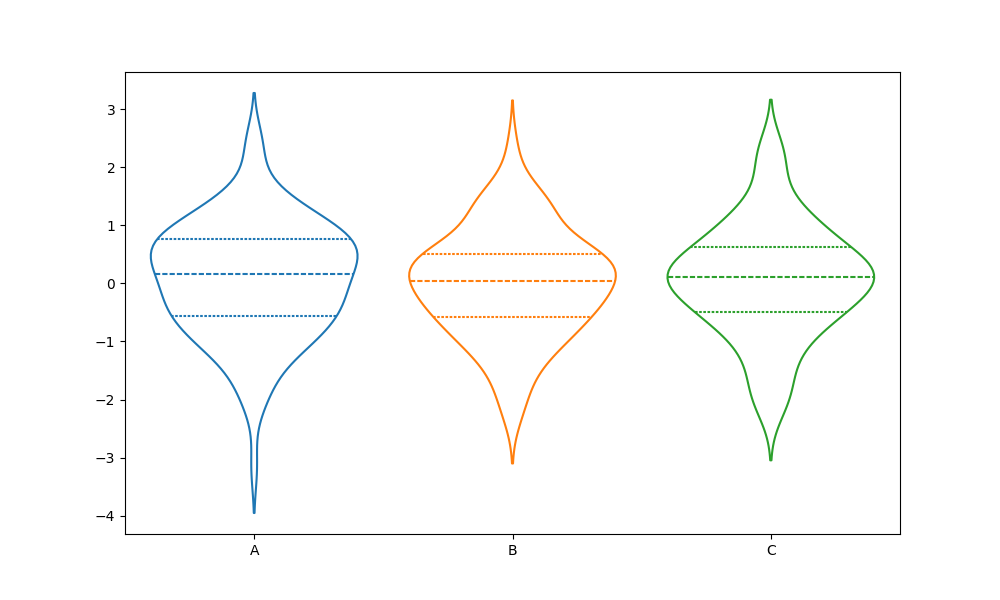
python, seaborn, violinplot, scale='area', split='False', inner='quart', fill='False'